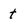
Character: t